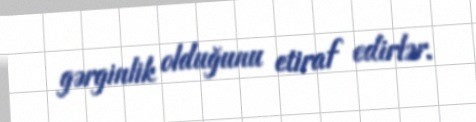
gərginlik olduğunu etiraf edirlər.